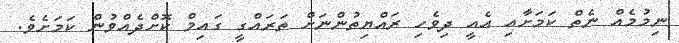
ނިމުމެއް ނެތް ކަމަށާއި އެއީ ދިވެހި ރައްޔިތުންނަށް ތަރައްގީ ގައިމް ކޮށްދެއްވުން ކަމަށެވެ.